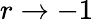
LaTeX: r\to-1